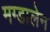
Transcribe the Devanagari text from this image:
मग्डालेन